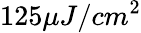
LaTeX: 125\mu J/cm^{2}